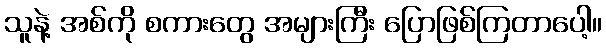
သူနဲ့ အစ်ကို စကားတွေ အများကြီး ပြောဖြစ်ကြတာပေါ့။